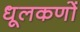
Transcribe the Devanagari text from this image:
धूलकणों